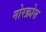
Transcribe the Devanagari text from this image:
नोरक्रोस